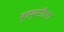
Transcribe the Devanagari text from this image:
बृहद्संहिता